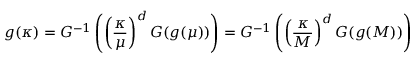
g ( \kappa ) = G ^ { - 1 } \left( \left( { \frac { \kappa } { \mu } } \right) ^ { d } G ( g ( \mu ) ) \right) = G ^ { - 1 } \left( \left( { \frac { \kappa } { M } } \right) ^ { d } G ( g ( M ) ) \right)